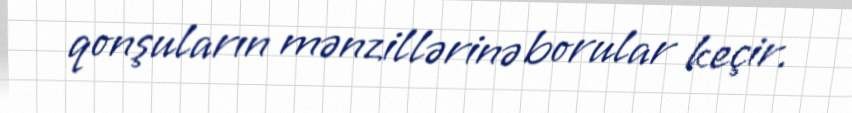
qonşuların mənzillərinə borular keçir.